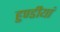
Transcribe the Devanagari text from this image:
हुण्डीयां